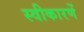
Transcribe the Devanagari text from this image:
स्वीकारणें